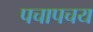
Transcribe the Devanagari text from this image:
पचापचय